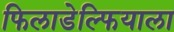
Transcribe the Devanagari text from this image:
फिलाडेल्फियाला